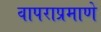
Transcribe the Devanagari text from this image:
वापराप्रमाणे